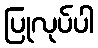
ပြုလုပ်ပါ